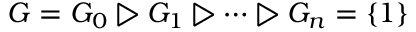
G = G _ { 0 } \triangleright G _ { 1 } \triangleright \dots \triangleright G _ { n } = \{ 1 \}